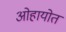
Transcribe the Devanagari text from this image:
ओहायोत